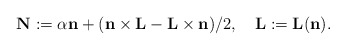
\begin{align*}{\bf N}:=\alpha{\bf n}+({\bf n}\times{\bf L}-{\bf L}\times{\bf n})/2,\quad{\bf L}:={\bf L}({\bf n}).\end{align*}